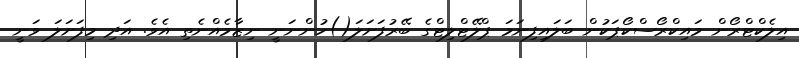
އިލެކްޓްރޯން މައިކްރޯސްކޯޕަކުން ބަލައިފިނަމަ ޕްލޭޓްލިޓްގެ ބޭރުފަށަލަ()ހުންނަނީ ނިޒާމެއްނެތި އެވެ. އަދި މިފަށަލަ ވަނީ